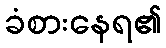
ခံစားနေရ၏